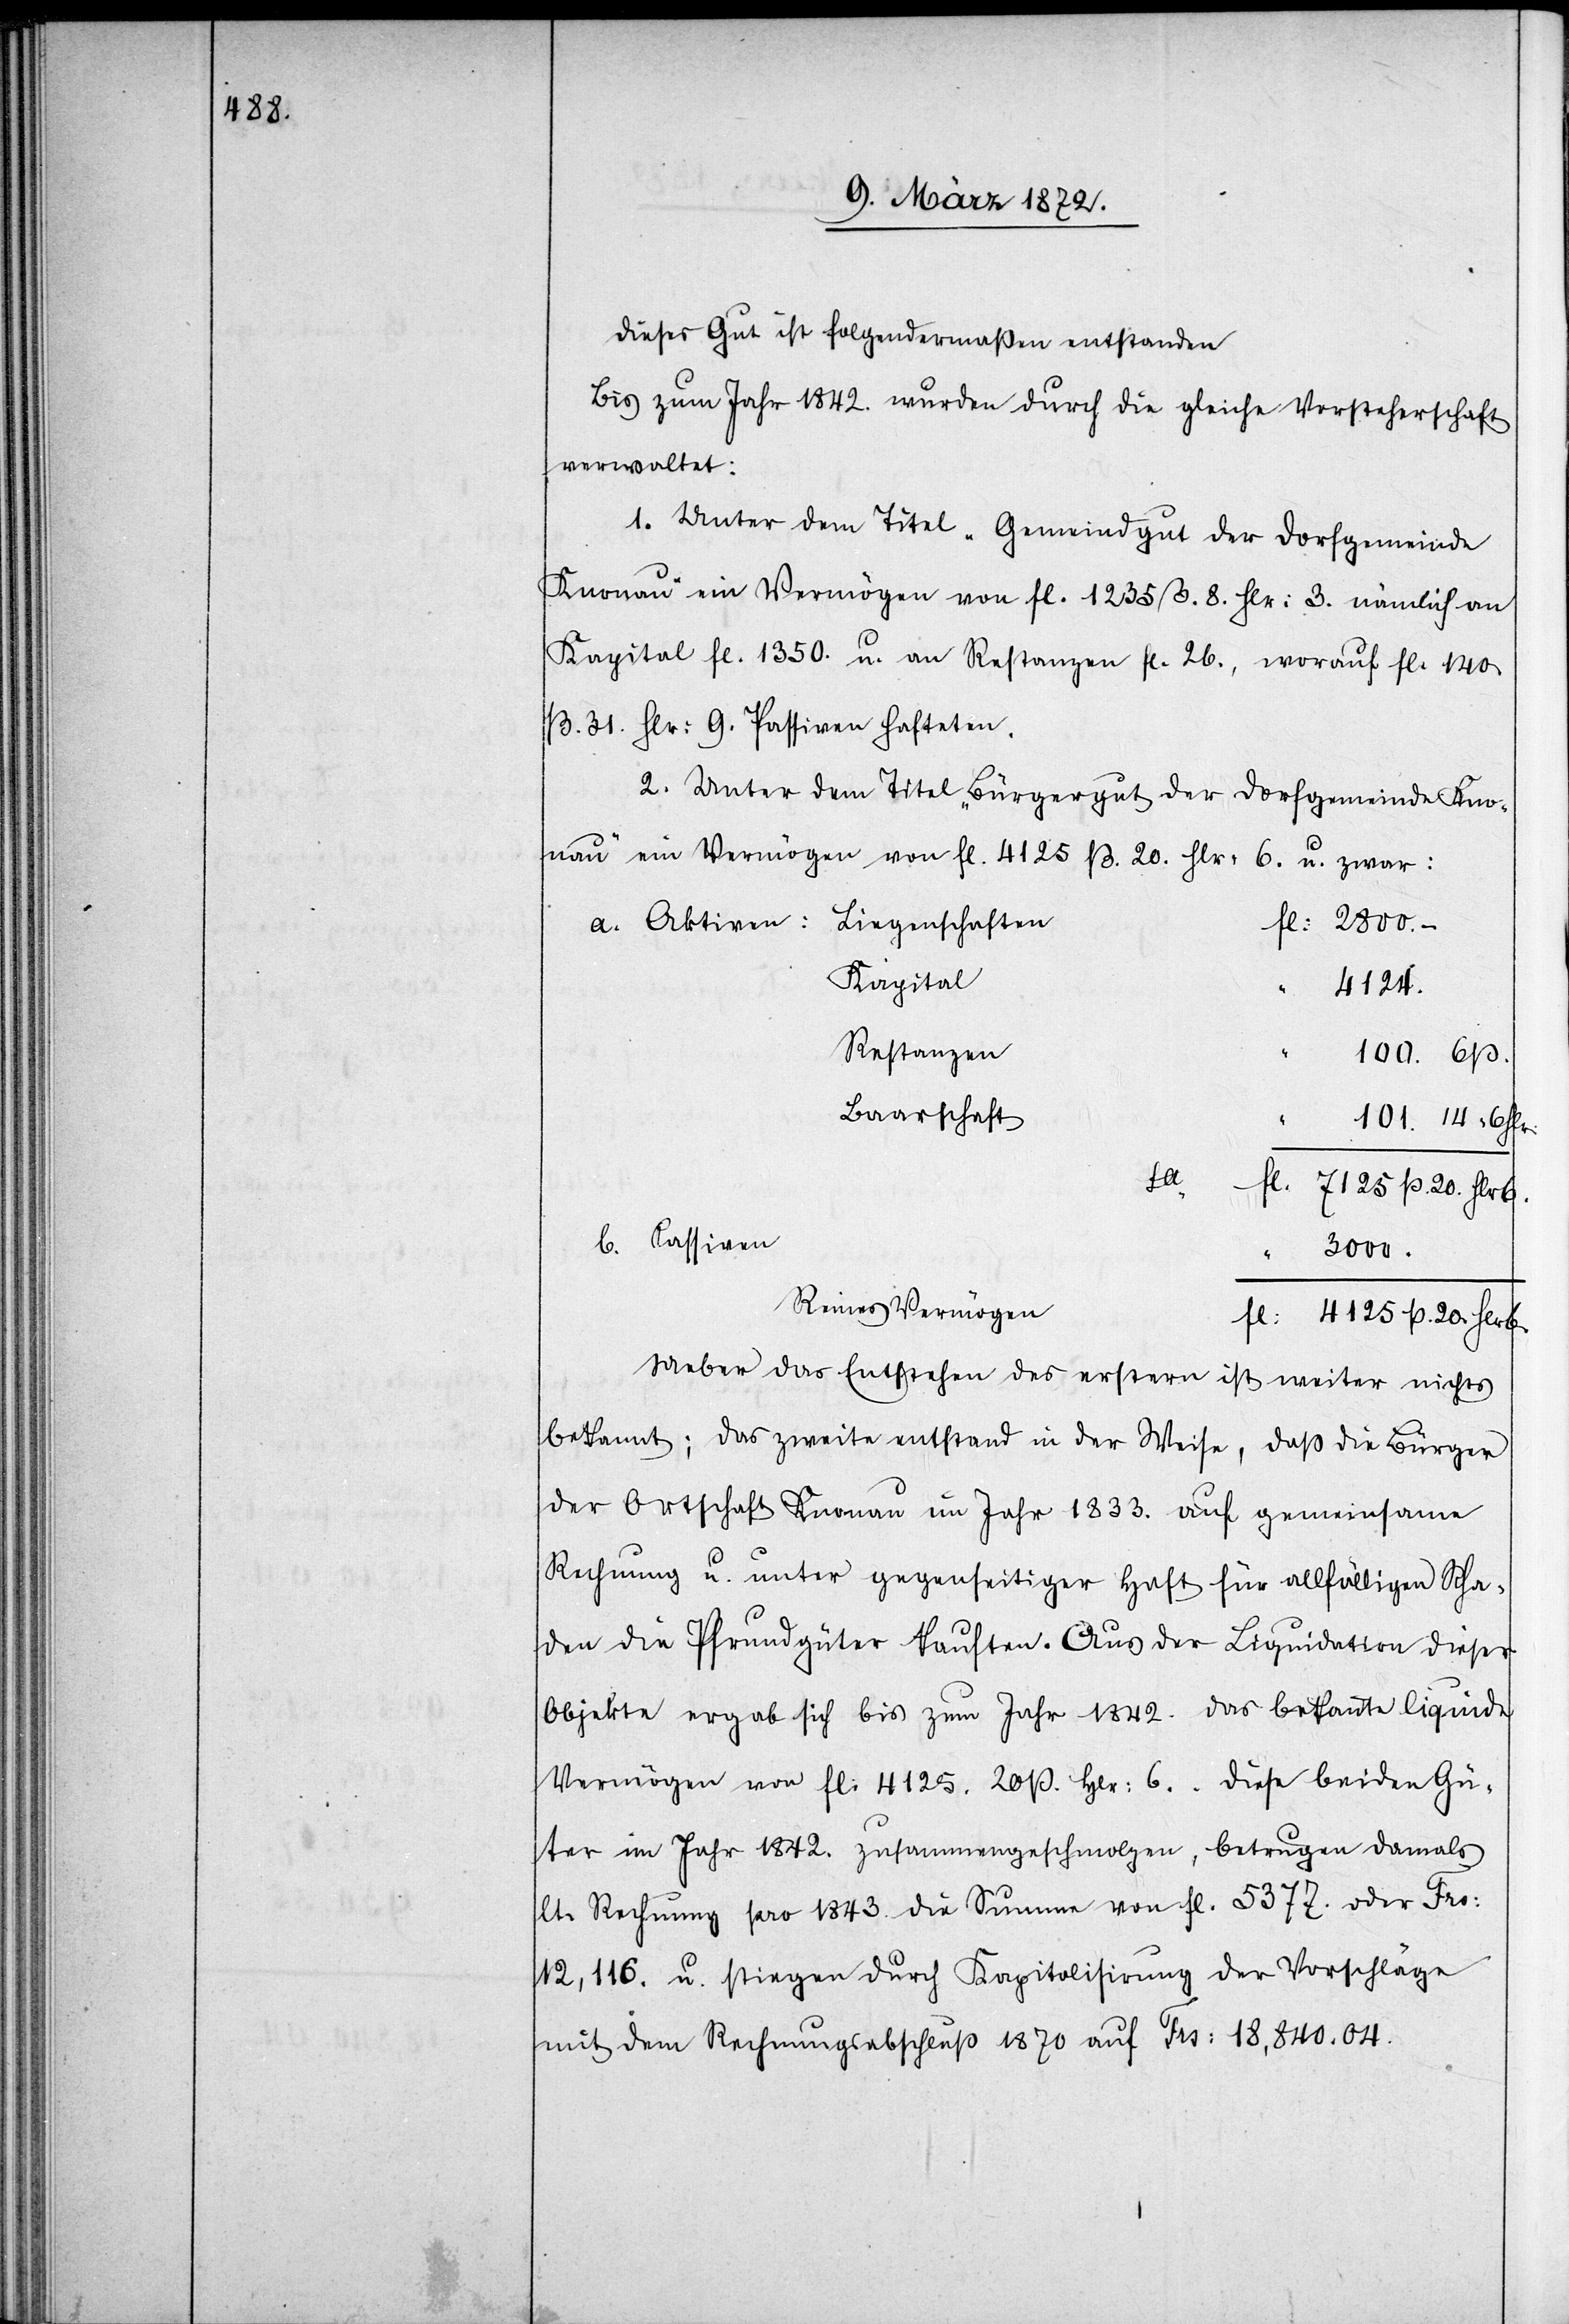
Dieses Gut ist folgendermaßen entstanden[.]
Bis zum Jahr 1842. wurden durch die gleiche Vorsteherschaft
verwaltet:
1. Unter dem Titel „Gemeindgut der Dorfgemeinde
Knonau“ ein Vermögen von fl. 1235 ß. 8. Hlr: 3. nämlich an
Kapital fl. 1350. u. an Restanzen fl. 26., worauf fl. 140
ß. 31. Hlr: 9. Passiven hafteten.
2. Unter dem Titel „Bürgergut der Dorfgemeinde Kno¬
nau“ ein Vermögen von fl. 4125 ß. 20. Hlr: 6. u. zwar:
Liegenschaften
a. Aktiven:
fl: 2800.-
Kapital
4124.
Restanzen
100. 6ß.
Baarschaft
101.14“ 6 Hlr.
fl.
7125 ß. 20. Hlr 6.
b. Passiven
3000.
Reines Vermögen
fl. 4125 ß. 20. Hlr 6.
Ueber das Entstehen des erstern ist weiter nichts
bekannt; das zweite entstand in der Weise, daß die Bürger
der Ortschaft Knonau im Jahr 1833. auf gemeinsame
Rechnung u. unter gegenseitiger Haft für allfälligen Scha¬
den die Pfrundgüter kaufen. Aus der Liquidation dieser
Objekte ergab sich bis zum Jahr 1842. das bekannte liquide
Vermögen von fl. 4125. 20 ß. Hlr: 6. Diese beiden Gü¬
ter im Jahr 1842. zusammengeschmolzen, betrugen damals
lt. Rechnung pro 1843. die Summe von fl. 5377. oder Frs:
12,116. u. stiegen durch Kapitalisirung der Vorschläge
mit dem Rechnungsabschluß 1870 auf Frs: 18,840.04.